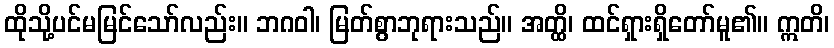
ထိုသို့ပင်မမြင်သော်လည်း။ ဘဂဝါ၊ မြတ်စွာဘုရားသည်။ အတ္ထိ၊ ထင်ရှားရှိတော်မူ၏။ ဣတိ၊